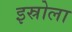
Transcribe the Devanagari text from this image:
इस्रोला